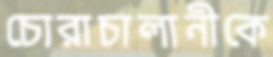
চোরাচালানীকে